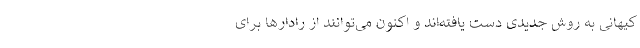
کیهانی به روش جدیدی دست یافته‌اند و اکنون می‌توانند از رادارها برای